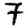
Digit: 7